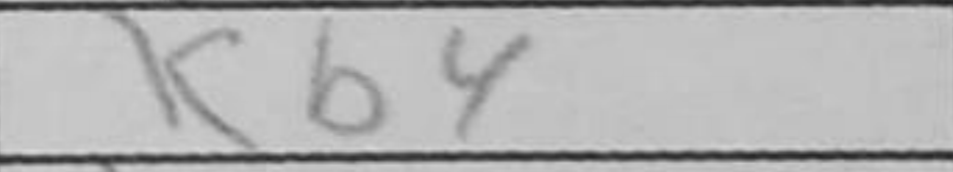
Transcription: Kb4